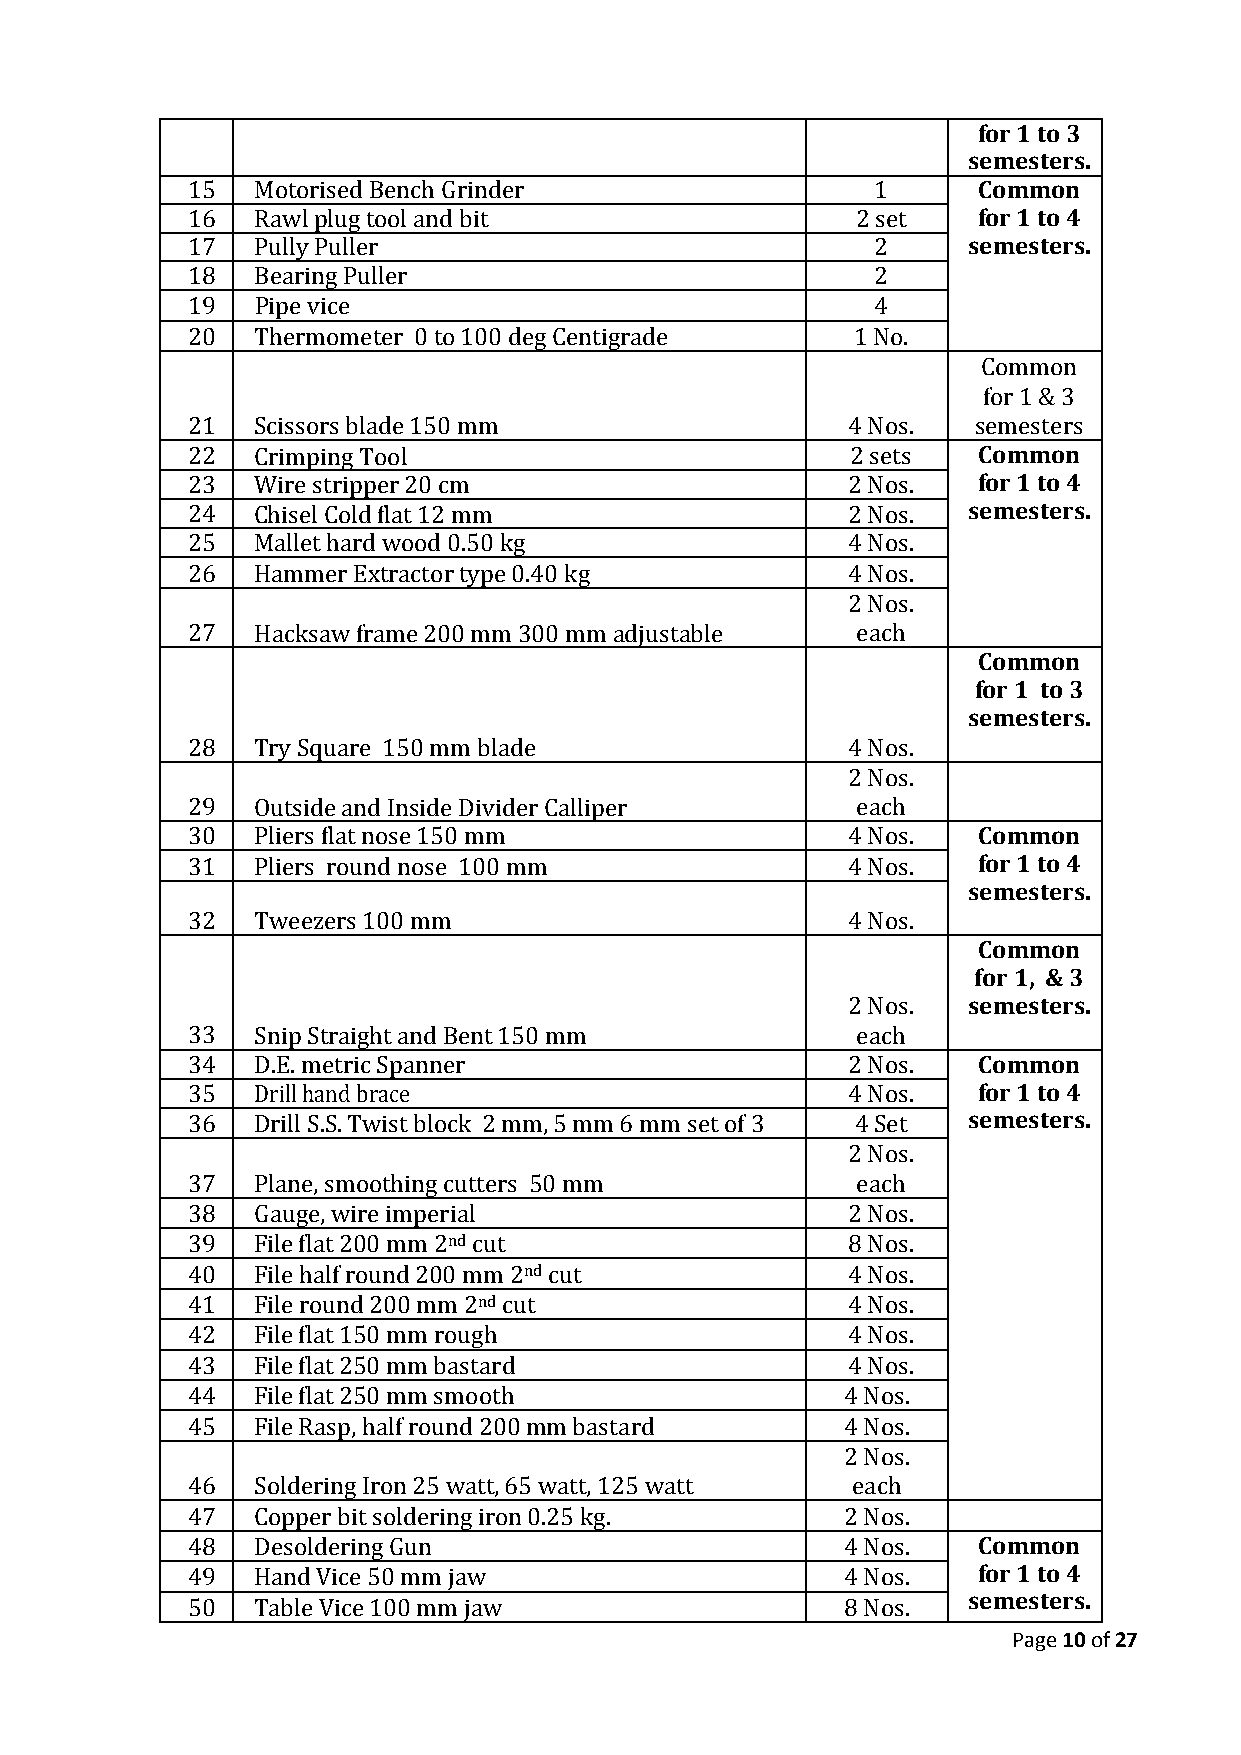
for 1 to 3
 semesters.
 15   Motorised Bench Grinder                  1      Common
 16   Rawl plug tool and bit                  2 set   for 1 to 4
 17   Pully Puller                             2     semesters.
 18   Bearing Puller                           2
 19   Pipe vice                                4
 20   Thermometer 0 to 100 deg Centigrade    1 No.
 Common
 for 1 & 3
 21   Scissors blade 150 mm                  4 Nos.   semesters
 22   Crimping Tool                          2 sets   Common
 23   Wire stripper 20 cm                    2 Nos.   for 1 to 4
 24   Chisel Cold flat 12 mm                 2 Nos.  semesters.
 25   Mallet hard wood 0.50 kg               4 Nos.
 26   Hammer Extractor type 0.40 kg          4 Nos.
 2 Nos.
 27   Hacksaw frame 200 mm 300 mm adjustable  each
 Common
 for 1 to 3
 semesters.
 28   Try Square 150 mm blade                4 Nos.
 2 Nos.
 29   Outside and Inside Divider Calliper     each
 30   Pliers flat nose 150 mm                4 Nos.   Common
 31   Pliers round nose 100 mm               4 Nos.   for 1 to 4
 semesters.
 32   Tweezers 100 mm                        4 Nos.
 Common
 for 1, & 3
 2 Nos.  semesters.
 33   Snip Straight and Bent 150 mm           each
 34   D.E. metric Spanner                    2 Nos.   Common
 35   Drill hand brace                       4 Nos.   for 1 to 4
 36   Drill S.S. Twist block 2 mm, 5 mm 6 mm set of 3 4 Set semesters.
 2 Nos.
 37   Plane, smoothing cutters 50 mm          each
 38   Gauge, wire imperial                   2 Nos.
 39   File flat 200 mm 2nd cut               8 Nos.
 40   File half round 200 mm 2nd cut         4 Nos.
 41   File round 200 mm 2nd cut              4 Nos.
 42   File flat 150 mm rough                 4 Nos.
 43   File flat 250 mm bastard               4 Nos.
 44   File flat 250 mm smooth                4 Nos.
 45   File Rasp, half round 200 mm bastard   4 Nos.
 2 Nos.
 46   Soldering Iron 25 watt, 65 watt, 125 watt each
 47   Copper bit soldering iron 0.25 kg.     2 Nos.
 48   Desoldering Gun                        4 Nos.   Common
 49   Hand Vice 50 mm jaw                    4 Nos.   for 1 to 4
 50   Table Vice 100 mm jaw                  8 Nos.  semesters.
 Page 10 of 27